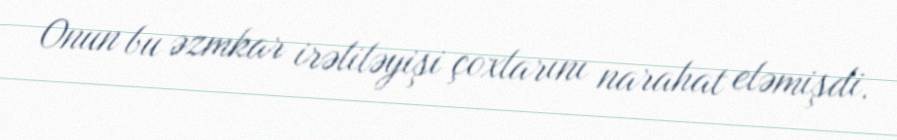
Onun bu əzmkar irəliləyişi çoxlarını narahat eləmişdi.